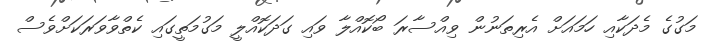
މަގުގެ މެދަކާއި ހަމައަށް އެރިތަނުން ވިއްސާރަ ބޯކޮއްލާ ވައި ގަދަކޮއްލީ މަގުމަތީގައި ކެތްވާވަރަކަށްވެސް